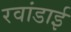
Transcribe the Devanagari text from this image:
रवांडाई